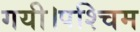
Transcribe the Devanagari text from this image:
गयी।पश्चिम